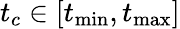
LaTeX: t_{c}\in[t_{\operatorname*{min}},t_{\operatorname*{max}}]